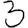
Digit: 3